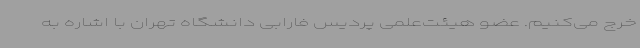
خرج می‌کنیم. عضو هیئت‌علمی پردیس فارابی دانشگاه تهران با اشاره به